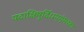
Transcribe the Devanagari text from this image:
यदाक्षिषुर्दिधयमंमश्वा